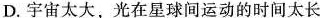
D.宇宙太大，光在星球间运动的时间太长